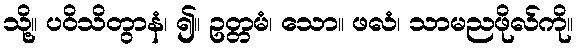
သို့။ ပဝိသိတွာနံ၊ ၍။ ဥတ္တမံ၊ သော။ ဖလံ၊ သာမညဖိုလ်ကို။